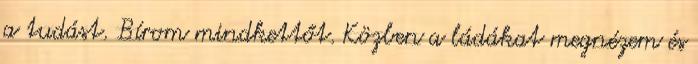
a tudást. Bírom mindkettőt. Közben a ládákat megnézem és